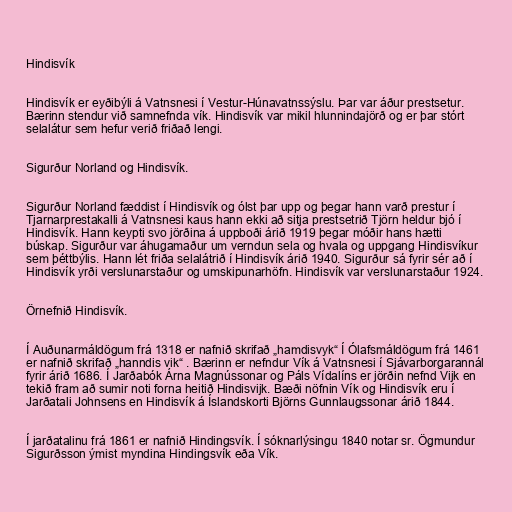
Hindisvík

Hindisvík er eyðibýli á Vatnsnesi í Vestur-Húnavatnssýslu. Þar var áður prestsetur.
Bærinn stendur við samnefnda vík. Hindisvík var mikil hlunnindajörð og er þar stórt
selalátur sem hefur verið friðað lengi.

Sigurður Norland og Hindisvík.

Sigurður Norland fæddist í Hindisvík og ólst þar upp og þegar hann varð prestur í
Tjarnarprestakalli á Vatnsnesi kaus hann ekki að sitja prestsetrið Tjörn heldur bjó í
Hindisvík. Hann keypti svo jörðina á uppboði árið 1919 þegar móðir hans hætti
búskap. Sigurður var áhugamaður um verndun sela og hvala og uppgang Hindisvíkur
sem þéttbýlis. Hann lét friða selalátrið í Hindisvík árið 1940. Sigurður sá fyrir sér að í
Hindisvík yrði verslunarstaður og umskipunarhöfn. Hindisvík var verslunarstaður 1924.

Örnefnið Hindisvík.

Í Auðunarmáldögum frá 1318 er nafnið skrifað „hamdisvyk“ Í Ólafsmáldögum frá 1461
er nafnið skrifað „hanndis vik“ . Bærinn er nefndur Vík á Vatnsnesi í Sjávarborgarannál
fyrir árið 1686. Í Jarðabók Árna Magnússonar og Páls Vídalíns er jörðin nefnd Vijk en
tekið fram að sumir noti forna heitið Hindisvijk. Bæði nöfnin Vík og Hindisvík eru í
Jarðatali Johnsens en Hindisvík á Íslandskorti Björns Gunnlaugssonar árið 1844.

Í jarðatalinu frá 1861 er nafnið Hindingsvík. Í sóknarlýsingu 1840 notar sr. Ögmundur
Sigurðsson ýmist myndina Hindingsvík eða Vík.